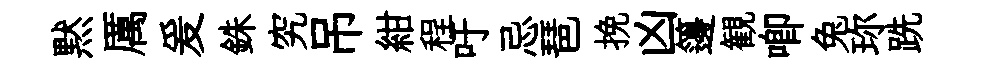
黙厲爰銖究吊紺程吁忌琶挽凶籩観唧兔珎跣